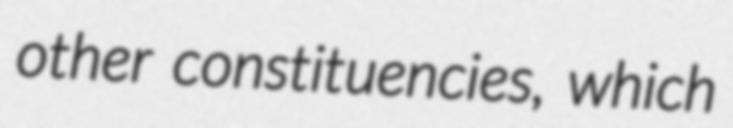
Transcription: other constituencies, which